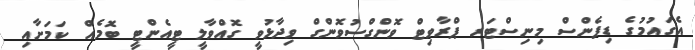
އެގައުމުގެ ޑިފެންސް މިނިސްޓަރ ޕްރާވިޓް ވޮންގްސުވޮންގް ވިދާޅުވީ ގޮއްވާލީ ޓީއެންޓީ ބޮމެއް ކަމަށާއި